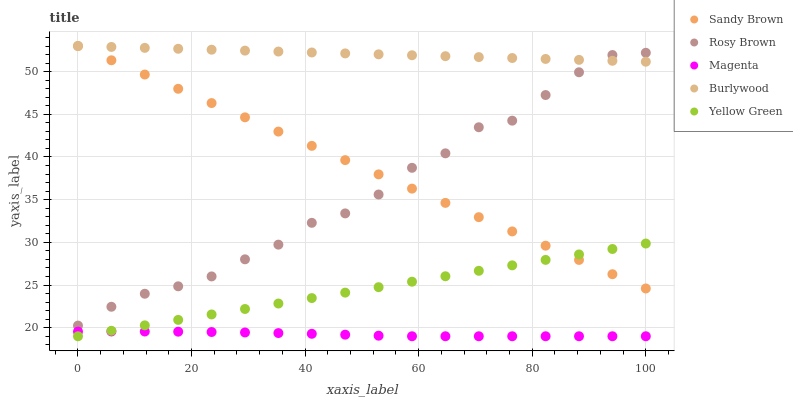
| xaxis_label | Sandy Brown | Rosy Brown | Magenta | Burlywood | Yellow Green |
 | --- | --- | --- | --- | --- | --- |
 | 0 | 53 | 20.3 | 19.5 | 53 | 19 |
 | 5.88 | 51.3 | 22.5 | 19.6 | 52.9 | 19.6 |
 | 11.8 | 49.7 | 24 | 19.6 | 52.8 | 20.3 |
 | 17.6 | 48 | 24.9 | 19.5 | 52.7 | 20.9 |
 | 23.5 | 46.3 | 26 | 19.5 | 52.6 | 21.6 |
 | 29.4 | 44.6 | 28 | 19.4 | 52.5 | 22.2 |
 | 35.3 | 43 | 29.7 | 19.4 | 52.4 | 22.8 |
 | 41.2 | 41.3 | 32.3 | 19.3 | 52.2 | 23.5 |
 | 47.1 | 39.6 | 33.4 | 19.2 | 52.1 | 24.1 |
 | 52.9 | 38 | 35.6 | 19.1 | 52 | 24.8 |
 | 58.8 | 36.3 | 38.7 | 19 | 51.9 | 25.4 |
 | 64.7 | 34.6 | 40.4 | 19 | 51.8 | 26 |
 | 70.6 | 33 | 43.5 | 19 | 51.7 | 26.7 |
 | 76.5 | 31.3 | 44.3 | 19 | 51.6 | 27.3 |
 | 82.4 | 29.6 | 47.3 | 19 | 51.5 | 27.9 |
 | 88.2 | 27.9 | 49.9 | 19 | 51.4 | 28.6 |
 | 94.1 | 26.3 | 51.9 | 19 | 51.3 | 29.2 |
 | 100 | 24.6 | 52.2 | 19 | 51.2 | 29.9 |